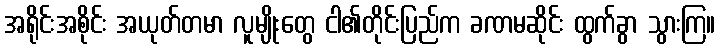
အရိုင်းအစိုင်း အယုတ်တမာ လူမျိုးတွေ ငါ၏တိုင်းပြည်က ခဏမဆိုင်း ထွက်ခွာ သွားကြ။